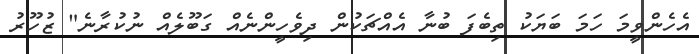
އެހެންވީމަ ހަމަ ބަޔަކު ތިބެފަ ބުނާ އެއްޗަކުން ދިވެހީންނެއް ގަބޫލެއް ނުކުރާނެ" ޒުހޫރު